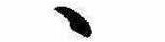
ゝ